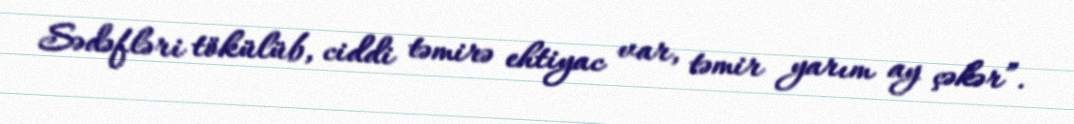
Sədəfləri tökülüb, ciddi təmirə ehtiyac var, təmir yarım ay çəkər”.